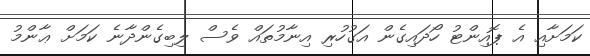
ކަމަށާއި އެ ޕޮއިންޓު ހޯދައިގެން އަގުހުރި އިނާމުތައް ވެސް ލިބިގެންދާނެ ކަމަށް ޢާންމު